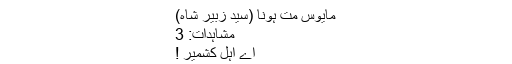
مایوس مت ہونا (سید زبیر شاہ)
مشاہدات: 3
اے اہل کشمیر !